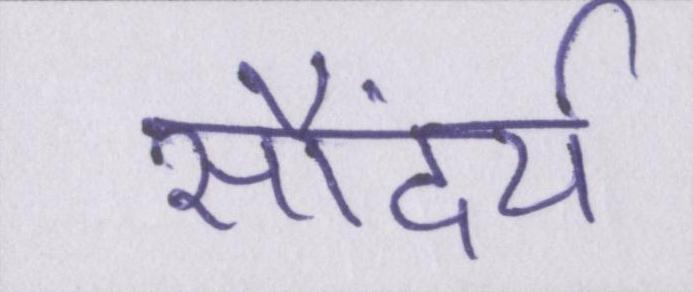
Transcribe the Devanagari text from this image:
सौंदर्य